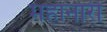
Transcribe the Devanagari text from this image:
महानारी